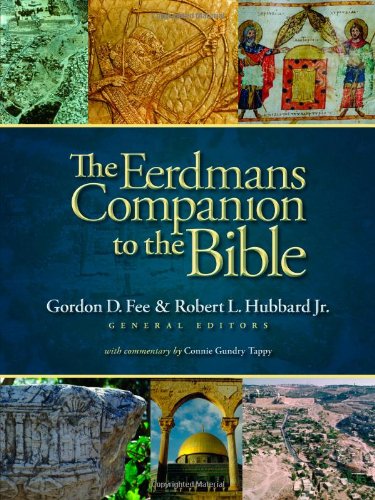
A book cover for The Eerdmans Companion to the Bible; Christian Books & Bibles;